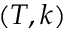
( T , k )